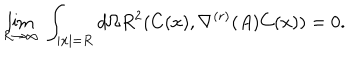
LaTeX: \lim _ { R \rightarrow \infty } \; \int _ { \mid { \bf x } \mid = R } d \Omega R ^ { 2 } ( C ( x ) , \nabla ^ { ( r ) } ( A ) C ( x ) ) = 0 .